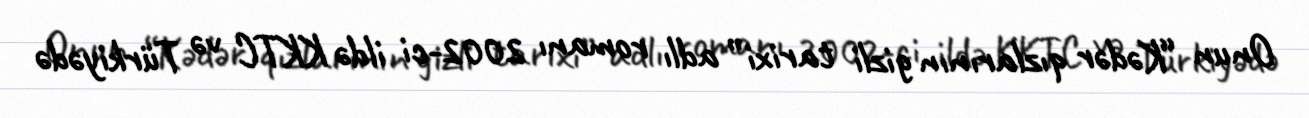
Onun “Kədər qızlarının gizli tarixi” adlı romanı 2002-ci ildə KKTC və Türkiyədə